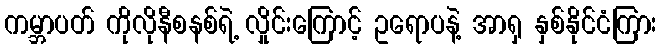
ကမ္ဘာပတ် ကိုလိုနီစနစ်ရဲ့ လှိုင်းကြောင့် ဥရောပနဲ့ အာရှ နှစ်နိုင်ငံကြား